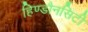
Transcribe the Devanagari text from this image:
हिण्डौनसिटी